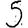
Digit: 5